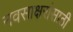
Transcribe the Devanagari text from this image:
नवसाक्षरांसाठी